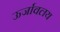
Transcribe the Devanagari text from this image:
ऊर्जावलय